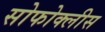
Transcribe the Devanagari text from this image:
सोफोक्लीस